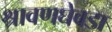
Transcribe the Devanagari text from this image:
श्रावणघेवडा